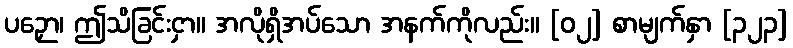
ပဉှော၊ ဤသိခြင်းငှာ။ အလိုရှိအပ်သော အနက်ကိုလည်း။ [၀၂] စာမျက်နှာ [၃၂၃]